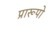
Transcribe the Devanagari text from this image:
प्रारूपो